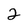
Character: 2